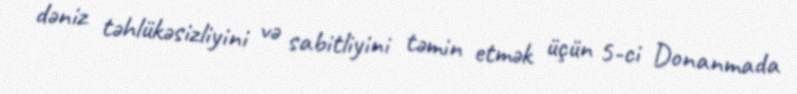
dəniz təhlükəsizliyini və sabitliyini təmin etmək üçün 5-ci Donanmada